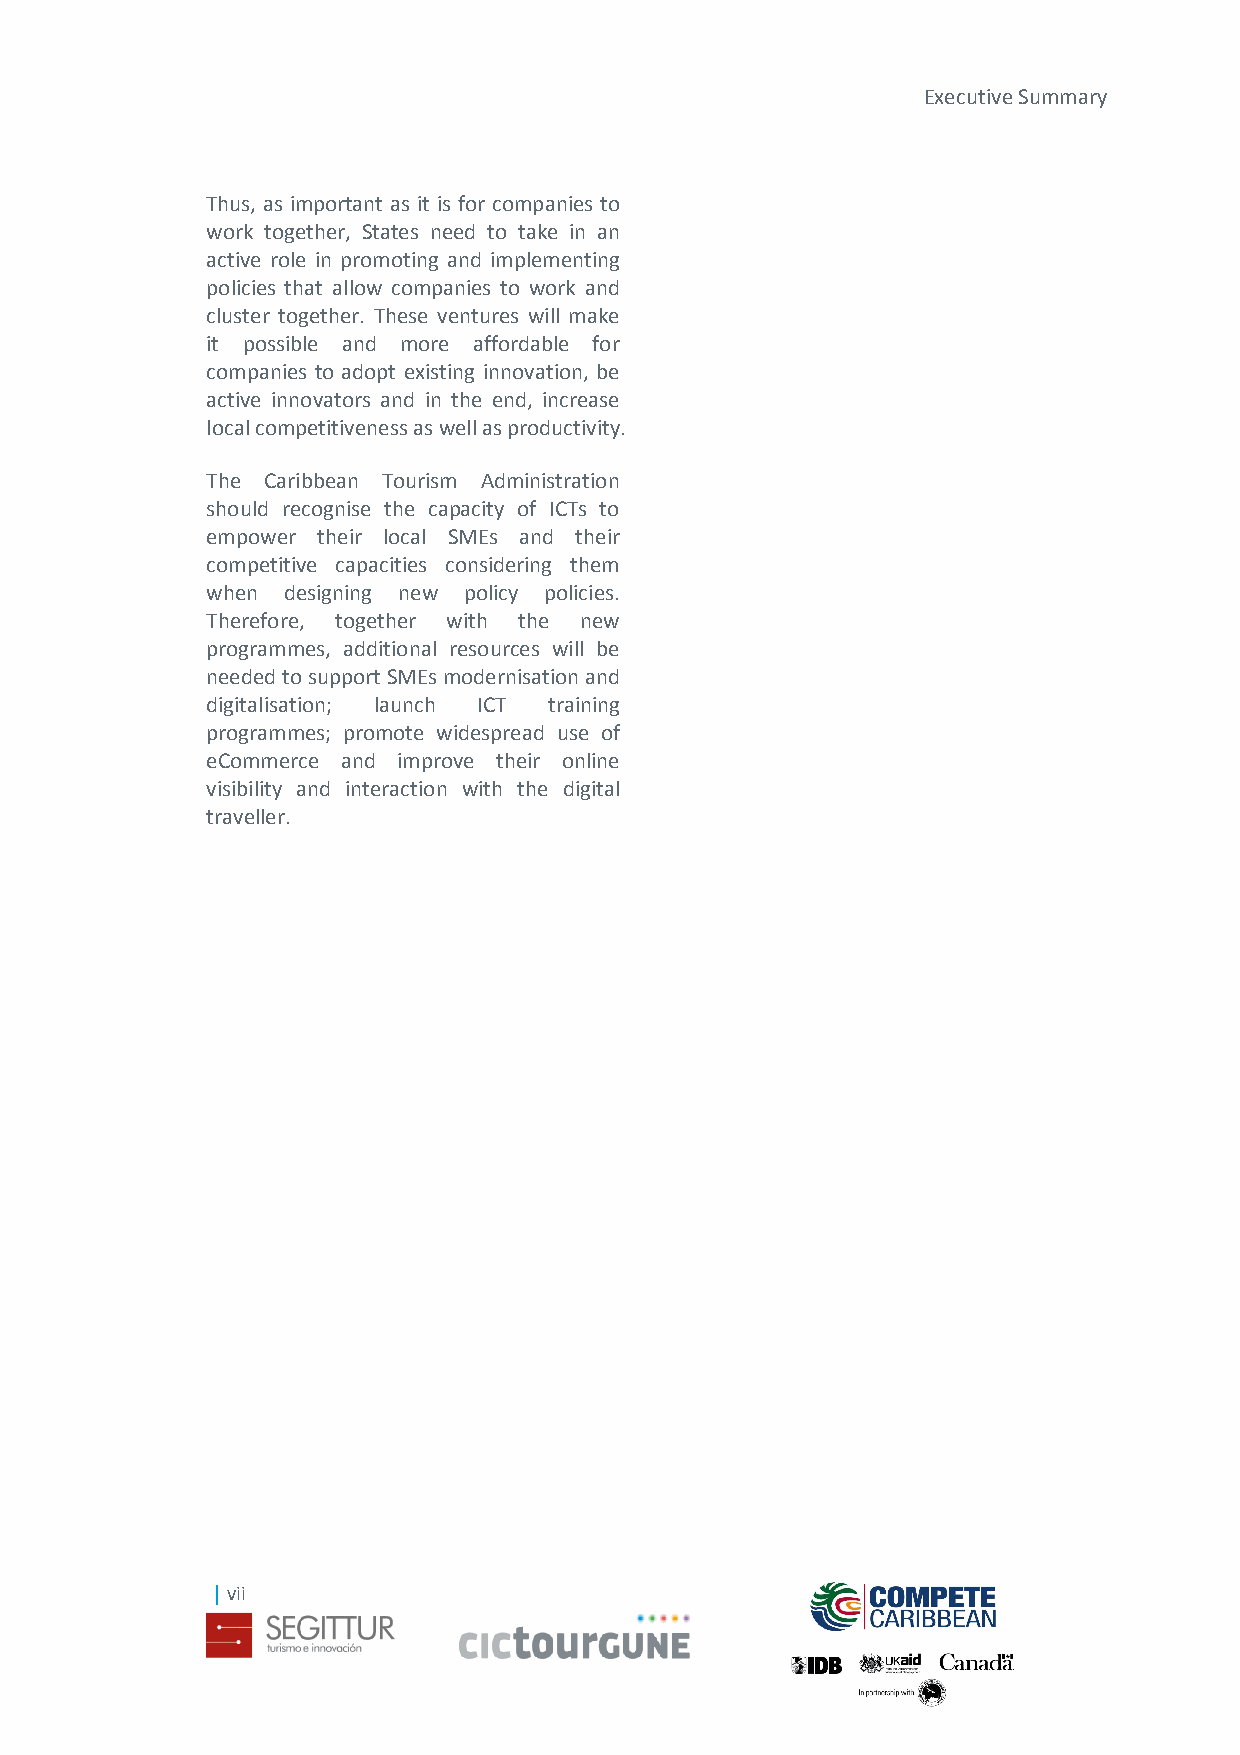
Executive Summary
 Thus, as important as it is for companies to
 work together, States need to take in an
 active role in promoting and implementing
 policies that allow companies to work and
 cluster together. These ventures will make
 it possible and more affordable for
 companies to adopt existing innovation, be
 active innovators and in the end, increase
 local competitiveness as well as productivity.
 The Caribbean Tourism Administration
 should recognise the capacity of ICTs to
 empower their local SMEs and their
 competitive capacities considering them
 when designing new policy policies.
 Therefore, together with the new
 programmes, additional resources will be
 needed to support SMEs modernisation and
 digitalisation; launch ICT training
 programmes; promote widespread use of
 eCommerce and improve their online
 visibility and interaction with the digital
 traveller.
 | vii